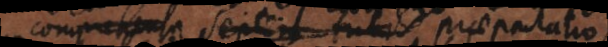
comprehensa septem tubis praeparatio,